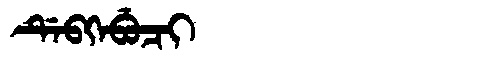
Manchu: ᡩᡝᠪᡴᡝᠪᡠᠴᡳ
Romanization: DEBKEBUCI